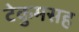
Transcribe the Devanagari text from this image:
टेकुमसह